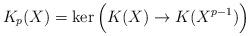
LaTeX: \begin{align*} K_p(X) = \ker \Big( K(X) \to K(X^{p-1}) \Big)\end{align*}